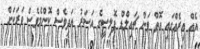
އެއް އިރެއްގައި އޮތް ވަން ޗައިލްޑް ޕޮލިސީގެ އަސަރު އަދިވެސް ކޮންމެވެސް ވަރަކަށް